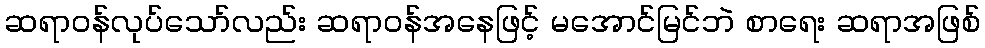
ဆရာဝန်လုပ်သော်လည်း ဆရာဝန်အနေဖြင့် မအောင်မြင်ဘဲ စာရေး ဆရာအဖြစ်